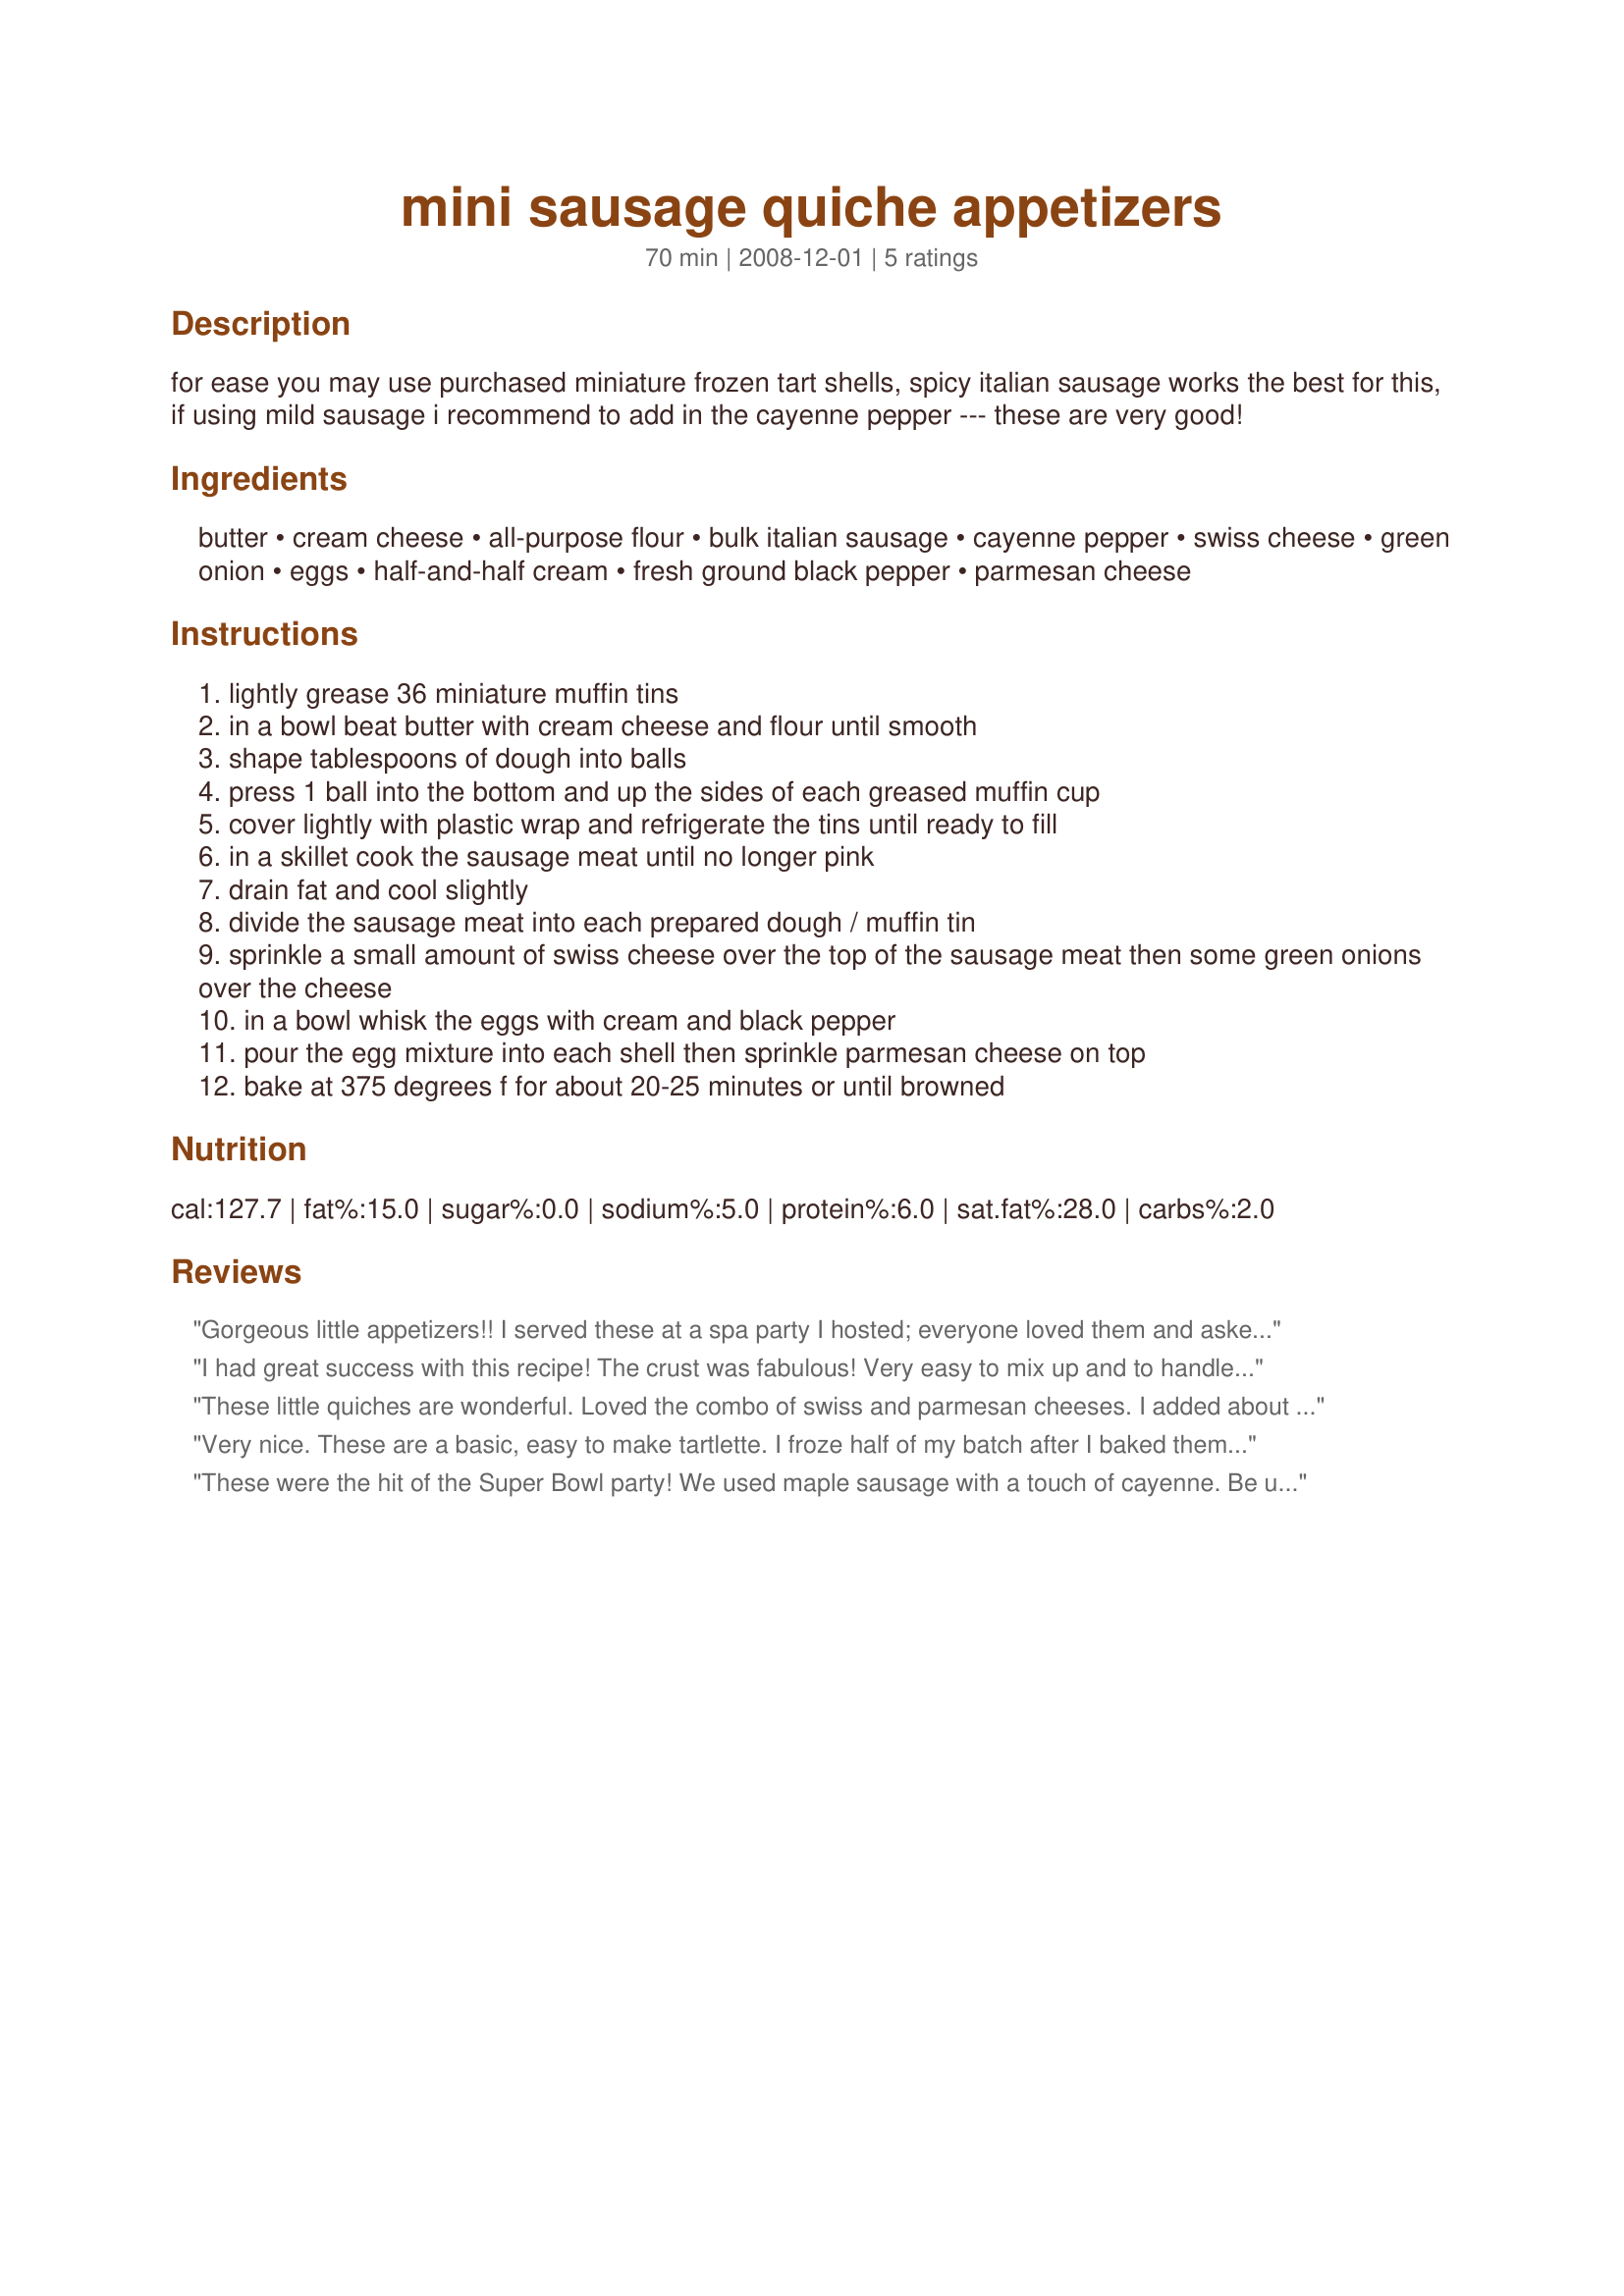
mini sausage quiche appetizers
Preparation time: 70 minutes

for ease you may use purchased miniature frozen tart shells, spicy italian sausage works the best for this, if using mild sausage i recommend to add in the cayenne pepper --- these are very good!

Ingredients:
butter, cream cheese, all-purpose flour, bulk italian sausage, cayenne pepper, swiss cheese, green onion, eggs, half-and-half cream, fresh ground black pepper, parmesan cheese

Steps:
lightly grease 36 miniature muffin tins
in a bowl beat butter with cream cheese and flour until smooth
shape tablespoons of dough into balls
press 1 ball into the bottom and up the sides of each greased muffin cup
cover lightly with plastic wrap and refrigerate the tins until ready to fill
in a skillet cook the sausage meat until no longer pink
drain fat and cool slightly
divide the sausage meat into each prepared dough / muffin tin
sprinkle a small amount of swiss cheese over the top of the sausage meat then some green onions over the cheese
in a bowl whisk the eggs with cream and black pepper
pour the egg mixture into each shell then sprinkle parmesan cheese on top
bake at 375 degrees f for about 20-25 minutes or until browned

Reviews:
Gorgeous little appetizers!! I served these at a spa party I hosted; everyone loved them and asked for the recipe. I made the dough two days in advance. I assembled the filling minus the eggs and rolled balls of dough the day before my party. That way on the day of the party I just had to fit the dough to the tins and fill them! They require some effort but it's worth it! Very yummy. Thank you.
I had great success with this recipe! The crust was fabulous! Very easy to mix up and to handle and came out with a nice buttery, rich, flaky texture. I used regular muffin pans because I was pressed for time and baked for about 28 minutes. I used the custard proportion but did vary the fillings with what I had on hand. This will be my go-to recipe! Thank you so much for sharing!
These little quiches are wonderful. Loved the combo of swiss and parmesan cheeses. I added about 1/2 small onion finely diced, cooked in with the sausage. DELICIOUS !! I'll be making these again for our appetizer tray at Christmas. Thanks Kittencal for a great recipe. Made for Cookathon for Kittencal, Dec 2008.
Very nice. These are a basic, easy to make tartlette. I froze half of my batch after I baked them. I used emmenthauler cheese and a little more than the 2 tablespoons of chives. Thanks for this one, Kittencal!
Made for the Cookathon for Kittencal, 12/2008
These were the hit of the Super Bowl party! We used maple sausage with a touch of cayenne. Be use to make the cream cheese crust. It is definitely worth the effort. I am keeping this recipe handy.
